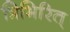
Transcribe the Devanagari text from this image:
त्रिभिरित्